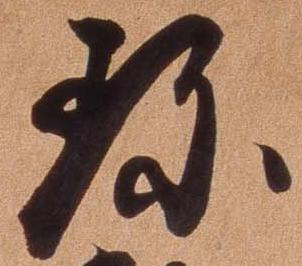
珍